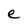
Character: e